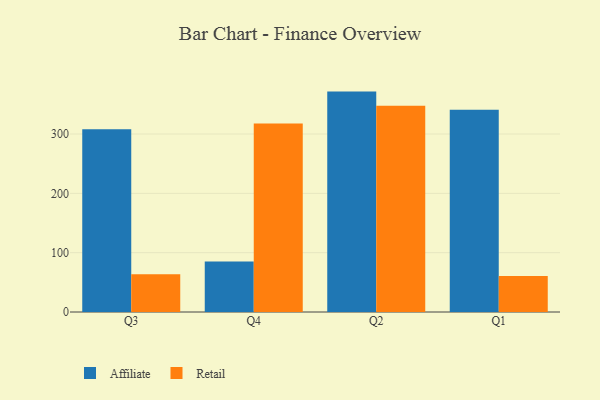
{"axis": {"x": "Quarter", "y": "Churn Rate (%)"}, "legend": ["Affiliate", "Retail"], "data": [{"x": "Q3", "y": 308.0, "type": "Affiliate"}, {"x": "Q3", "y": 63.6, "type": "Retail"}, {"x": "Q4", "y": 85.3, "type": "Affiliate"}, {"x": "Q4", "y": 317.8, "type": "Retail"}, {"x": "Q2", "y": 371.5, "type": "Affiliate"}, {"x": "Q2", "y": 347.7, "type": "Retail"}, {"x": "Q1", "y": 341.1, "type": "Affiliate"}, {"x": "Q1", "y": 60.7, "type": "Retail"}]}